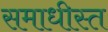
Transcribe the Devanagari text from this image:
समाधीस्त